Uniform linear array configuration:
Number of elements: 4
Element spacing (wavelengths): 1
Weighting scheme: blackman
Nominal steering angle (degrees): -60
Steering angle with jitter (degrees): -58.6
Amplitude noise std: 0.05
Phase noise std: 0.05

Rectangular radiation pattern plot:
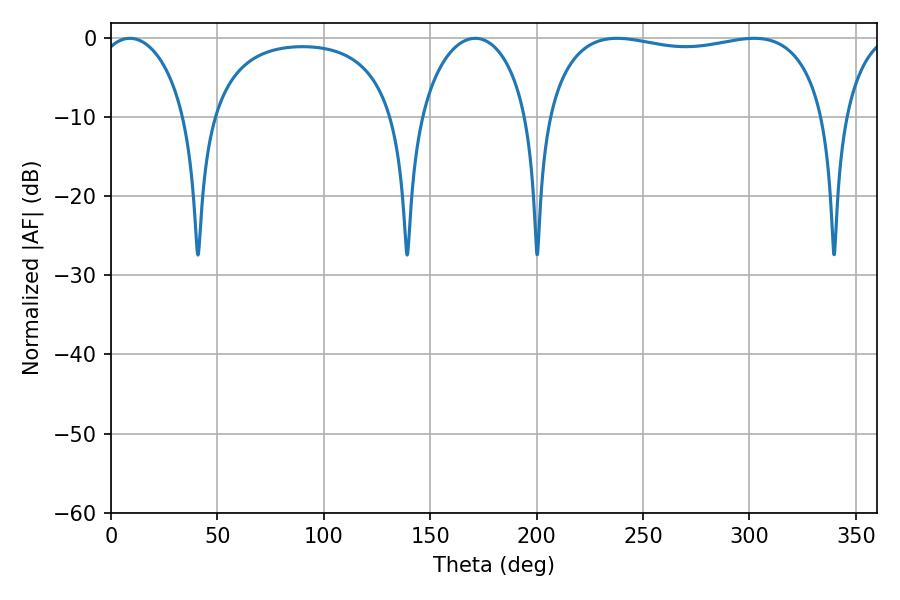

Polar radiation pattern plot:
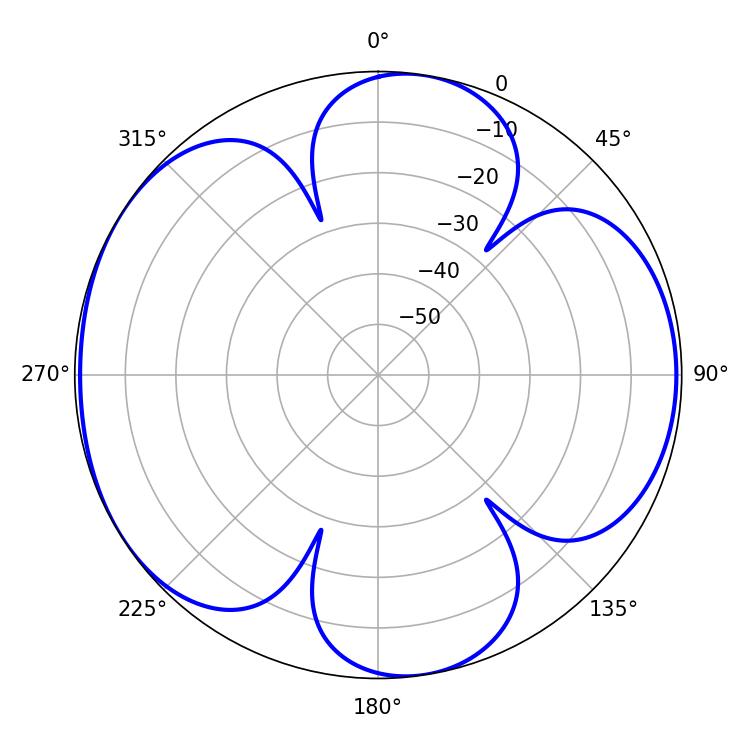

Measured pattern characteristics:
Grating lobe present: TRUE
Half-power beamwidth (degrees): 106.56
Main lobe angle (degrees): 237.78